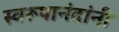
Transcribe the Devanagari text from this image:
स्वरूपानंदांनी